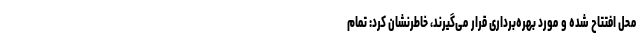
محل افتتاح ‌شده و مورد بهره‌برداری قرار می‌گیرند، خاطرنشان کرد: تمام